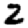
Digit: 2